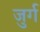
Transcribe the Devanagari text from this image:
जुर्ग